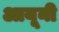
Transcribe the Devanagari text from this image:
आयूनी